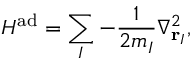
H ^ { \mathrm { a d } } = \sum _ { I } - \frac 1 { 2 m _ { I } } \nabla _ { \mathbf { r } _ { I } } ^ { 2 } ,